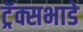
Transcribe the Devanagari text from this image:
ट्रॅक्सभाडे